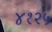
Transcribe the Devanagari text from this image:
४१२५